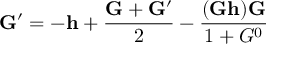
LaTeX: { \bf G } ^ { \prime } = - { \bf h } + \frac { { \bf G } + { \bf G } ^ { \prime } } { 2 } - \frac { ( { \bf G } { \bf h } ) { \bf G } } { 1 + G ^ { 0 } }